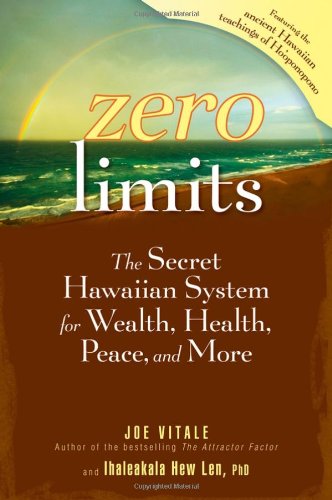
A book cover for Zero Limits: The Secret Hawaiian System for Wealth, Health, Peace, and More; Joe Vitale; Self-Help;